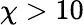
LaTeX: \chi>10